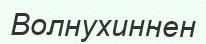
Волнухиннен